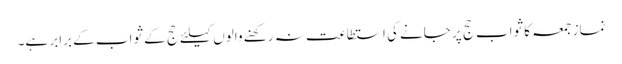
نماز جمعہ کا ثواب حج پر جانے کی استطاعت نہ رکھنے والوں کیلئے حج کے ثواب کے برابر ہے۔